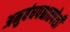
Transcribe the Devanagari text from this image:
अनुबंधपश्चातपेशी